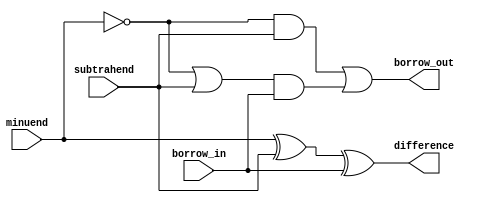
module full_subtractor (
    input minuend,
    input subtrahend,
    input borrow_in,
    output difference,
    output borrow_out
);

assign difference = minuend ^ subtrahend ^ borrow_in;
assign borrow_out = (~minuend & subtrahend) | ((~minuend | subtrahend) & borrow_in);

endmodule